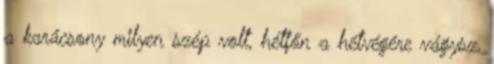
a karácsony milyen szép volt, hétfőn a hétvégére vágysz,